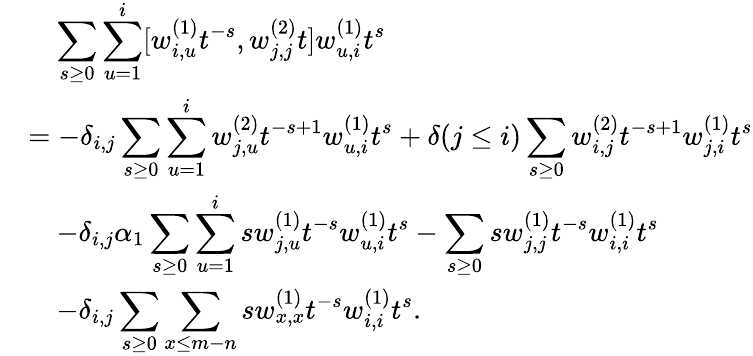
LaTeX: \begin{array}{rl}&{\quad\displaystyle\sum_{s\geq 0}\displaystyle\sum_{u=1}^{i}[w_{i,u}^{(1)}t^{-s},w_{j,j}^{(2)}t]w_{u,i}^{(1)}t^{s}}\\ &{=-\delta_{i,j}\displaystyle\sum_{s\geq 0}\sum_{u=1}^{i}w_{j,u}^{(2)}t^{-s+1}w_{u,i}^{(1)}t^{s}+\delta(j\leq i)\displaystyle\sum_{s\geq 0}w_{i,j}^{(2)}t^{-s+1}w_{j,i}^{(1)}t^{s}}\\ &{\quad-\delta_{i,j}\alpha_{1}\displaystyle\sum_{s\geq 0}\sum_{u=1}^{i}sw_{j,u}^{(1)}t^{-s}w_{u,i}^{(1)}t^{s}-\displaystyle\sum_{s\geq 0}sw_{j,j}^{(1)}t^{-s}w_{i,i}^{(1)}t^{s}}\\ &{\quad-\delta_{i,j}\displaystyle\sum_{s\geq 0}\sum_{x\leq m-n}sw_{x,x}^{(1)}t^{-s}w_{i,i}^{(1)}t^{s}.}\end{array}